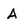
Character: A